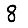
Digit: 8